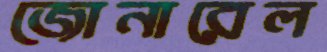
জোনারেল